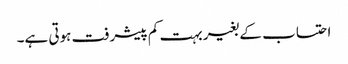
احتساب کے بغیر بہت کم پیشرفت ہوتی ہے۔